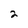
Character: 2